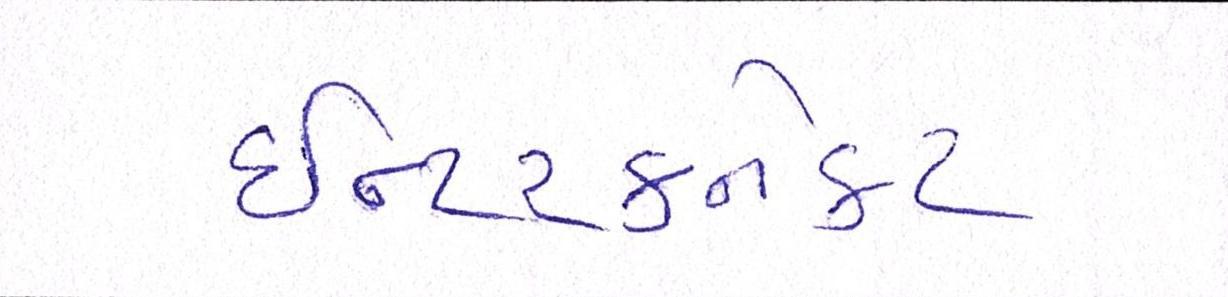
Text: ઈન્ટરકનેકટ